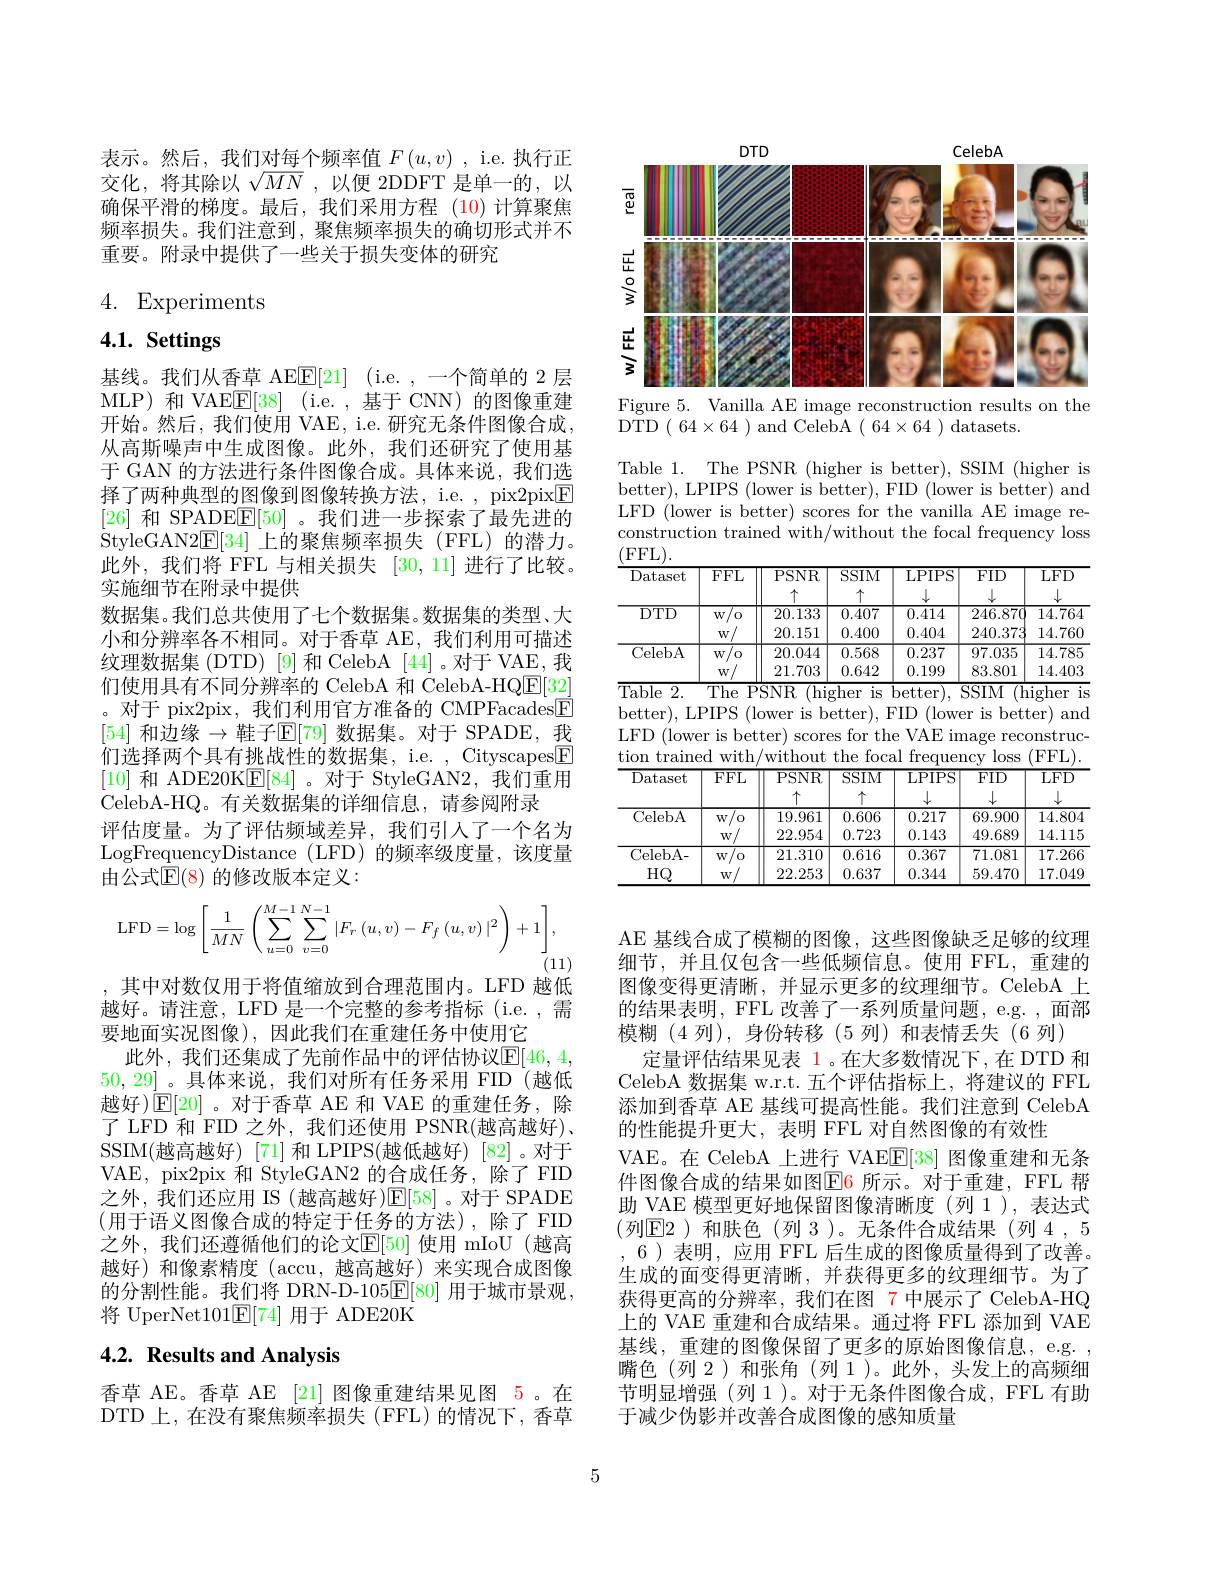
表示。然后，我们对每个频率值$F\left(u,v\right)$, i.e.执行正交化，将其除以$\sqrt MN$,以便 2DDFT 是单一的，以确保平滑的梯度。最后，我们采用方程(10)计算聚焦频率损失。我们注意到，聚焦频率损失的确切形式并不重要。附录中提供了一些关于损失变体的研究

4. Experiments

# 4.1. Settings

基线。我们从香草 AE$\underline {\mathrm{E} }[ 21]$ ( i. e. , 一 个 简 单 的 2 层 MLP) 和 VAE$\underline {\mathrm{E} }[ 38]$ (i.e.,基于 CNN)的图像重建开始。然后，我们使用 VAE, i.e. 研究无条件图像合成， 从高斯噪声中生成图像。此外，我们还研究了使用基于 GAN 的方法进行条件图像合成。具体来说，我们选择了两种典型的图像到图像转换方法，i.e. pix2pix$\underline {\mathrm{F} }$ [26]和 SPADEE[50] 。我们进一步探索了最先进的StyleGAN2E[ 34] 上的聚焦频率损失(FFL)的潜力。此外，我们将 FFL 与相关损失[30,11]进行了比较。实施细节在附录中提供
数据集。我们总共使用了七个数据集。数据集的类型、大小和分辨率各不相同。对于香草 AE, 我们利用可描述纹理数据集 (DTD) [9] 和 CelebA [44] 。对于 VAE, 我们使用具有不同分辨率的 CelebA 和 CelebA-HQ$\boxed{\mathrm{E}}[32]$ 。对于 pix2pix, 我们利用官方准备的 CMPFacades$\textcircled{\mathrm{E}}$ [54] 和边缘$\to$鞋子$\mathbb{E}[79]$ 数据集。对于 SPADE, 我们选择两个具有挑战性的数据集，i.e. , Cityscapes$\boxed{\mathrm{F}}$ [10]和 ADE20K$\boxed{\mathrm{E}}[84]$ 。对于 StyleGAN2,我们重用CelebA-HQ。有关数据集的详细信息，请参阅附录
评估度量。为了评估频域差异，我们引人了一个名为LogFrequencyDistance (LFD) 的频率级度量，该度量由公式$\mathbb{E}(8)$ 的修改版本定义：
$$\mathrm{LFD}=\log\left[\frac{1}{MN}\left(\sum_{u=0}^{M-1}\sum_{v=0}^{N-1}|F_{r}\left(u,v\right)-F_{f}\left(u,v\right)|^{2}\right)+1\right],$$
(11)
,其中对数仅用于将值缩放到合理范围内。LFD 越低

越好。请注意，LFD 是一个完整的参考指标 (i.e. ,需
要地面实况图像),因此我们在重建任务中使用它
此外，我们还集成了先前作品中的评估协议$\mathbb{E}[46,4$, 50,29] 。具体来说，我们对所有任务采用 FID (越低越好)$\operatorname{E}[20]$。对于香草 AE 和 VAE 的重建任务，除了 LFD 和 FID 之外，我们还使用 PSNR(越高越好)、 SSIM(越高越好) [71] 和 LPIPS(越低越好) [82] 。对于VAE, pix2pix 和 StyleGAN2 的合成任务，除了 FID 之外，我们还应用 IS (越高越好)$\mathbb{E}[58]$。对于 SPADE (用于语义图像合成的特定于任务的方法),除了 FID 之外，我们还遵循他们的论文E[50] 使用 mIoU(越高越好)和像素精度(accu,越高越好)来实现合成图像的分割性能。我们将 DRN-D-105$\overline{\mathbb{E}}[80]$用于城市景观， 将 UperNet101$\underline{\mathrm{E}}[74]$用于 ADE20K

# 4.2. Results and Analysis

香草 AE。香草 AE [21] 图像重建结果见图 5。在DTD 上，在没有聚焦频率损失(FFL)的情况下，香草

<FigureHere>
Figure 5. Vanilla AE image reconstruction results on the

DTD ( 64$\times$64 ) and CelebA ( 64$\times$64 ) datasets.

Table 1. The PSNR (higher is better), SSIM (higher is better), LPIPS (lower is better), FID (lower is better) and LFD (lower is better) scores for the vanilla AE image reconstruction trained with/without the focal frequency loss
<table>
	<tbody>
		<tr>
			<th>Dataset</th>
			<th>$FFL$</th>
			<th>PSNR</th>
			<th>$SSIM$</th>
			<th>LPIPS $\downarrow$</th>
			<th>$FID$ $\downarrow$</th>
			<th>LFD $\downarrow$</th>
		</tr>
		<tr>
			<td rowspan="2">$\overline{\mathrm{DTD}}$</td>
			<td>$W$ 0</td>
			<td>20.133</td>
			<td>0.407</td>
			<td>0.414</td>
			<td>246.870</td>
			<td>$\overline{14.764}$</td>
		</tr>
		<tr>
			<td>$W$</td>
			<td>20.151</td>
			<td>0.400</td>
			<td>0.404</td>
			<td>240.373</td>
			<td>14.760</td>
		</tr>
		<tr>
			<td>CelebA</td>
			<td>${\prime}/0$ $W$, $W$</td>
			<td>$-\psi_{1}=\psi_{1}$ 20.044 21.703</td>
			<td>1-100 1 0.568 0.642</td>
			<td>01101 0.237 0.199</td>
			<td>-100 97.035 83.801</td>
			<td>- 19 14.785 14.403</td>
		</tr>
		<tr>
			<td>CelebA</td>
			<td>$W$ 0</td>
			<td>20.044</td>
			<td>0.568</td>
			<td>0.237</td>
			<td>97.035</td>
			<td>14.785</td>
		</tr>
		<tr>
			<td>CelebA</td>
			<td> </td>
			<td> </td>
			<td>$1F$</td>
			<td>217 </td>
			<td> </td>
			<td>14</td>
		</tr>
		<tr>
			<td> </td>
			<td>$W$</td>
			<td>22.954</td>
			<td>0.723</td>
			<td>0.143</td>
			<td>49.689</td>
			<td>14.115</td>
		</tr>
		<tr>
			<td>CelebA- $HQ$</td>
			<td>$w/o$ $W$,</td>
			<td>21.310 22.253</td>
			<td>0.616 0.637</td>
			<td>0.367 0.344</td>
			<td>71.081 59.470</td>
			<td>$\overline{17.266}$ 17.049</td>
		</tr>
		<tr>
			<td>CelebA- $HQ$</td>
			<td>$w/o$ T 1 $W$</td>
			<td>21.310 22.253</td>
			<td>0.616 0.637</td>
			<td>0.367 0.344</td>
			<td>71.081 59.470</td>
			<td>17.266 17.049</td>
		</tr>
		<tr>
			<td>$HQ$</td>
			<td>$W$</td>
			<td>22.253</td>
			<td>0.637</td>
			<td>0.344</td>
			<td>59.470</td>
			<td>17.049</td>
		</tr>
	</tbody>
</table>

AE 基线合成了模糊的图像，这些图像缺乏足够的纹理细节，并且仅包含一些低频信息。使用 FFL,重建的图像变得更清晰，并显示更多的纹理细节。CelebA 上的结果表明，FFL 改善了一系列质量问题，e.g. , 面部模糊(4 列),身份转移(5 列)和表情丢失(6 列)
定量评估结果见表 1。在大多数情况下，在 DTD 和CelebA 数据集 w.r.t. 五个评估指标上，将建议的 FFL 添加到香草 AE 基线可提高性能。我们注意到 CelebA 的性能提升更大，表明 FFL 对自然图像的有效性
VAE。在 CelebA 上进行 VAE$\mathbb{E}[38]$图像重建和无条件图像合成的结果如图$\color{red}{\mathrm{E}}\color{blue}{\mathrm{6}}$ 所示。对于重建，FFL 帮助 VAE 模型更好地保留图像清晰度 (列 1),表达式(列$\boxed{\mathrm{E}}2)$ 和肤色(列 3)。无条件合成结果(列 4,5 ,6 )表明，应用 FFL 后生成的图像质量得到了改善。生成的面变得更清晰，并获得更多的纹理细节。为了获得更高的分辨率，我们在图 7 中展示了 CelebA-HQ 上的 VAE 重建和合成结果。通过将 FFL 添加到 VAE 基线，重建的图像保留了更多的原始图像信息，e.g. , 嘴色(列 2)和张角(列 1)。此外，头发上的高频细节明显增强 (列 1)。对于无条件图像合成，FFL 有助于减少伪影并改善合成图像的感知质量

5